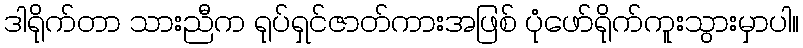
ဒါရိုက်တာ သားညီက ရုပ်ရှင်ဇာတ်ကားအဖြစ် ပုံဖော်ရိုက်ကူးသွားမှာပါ။